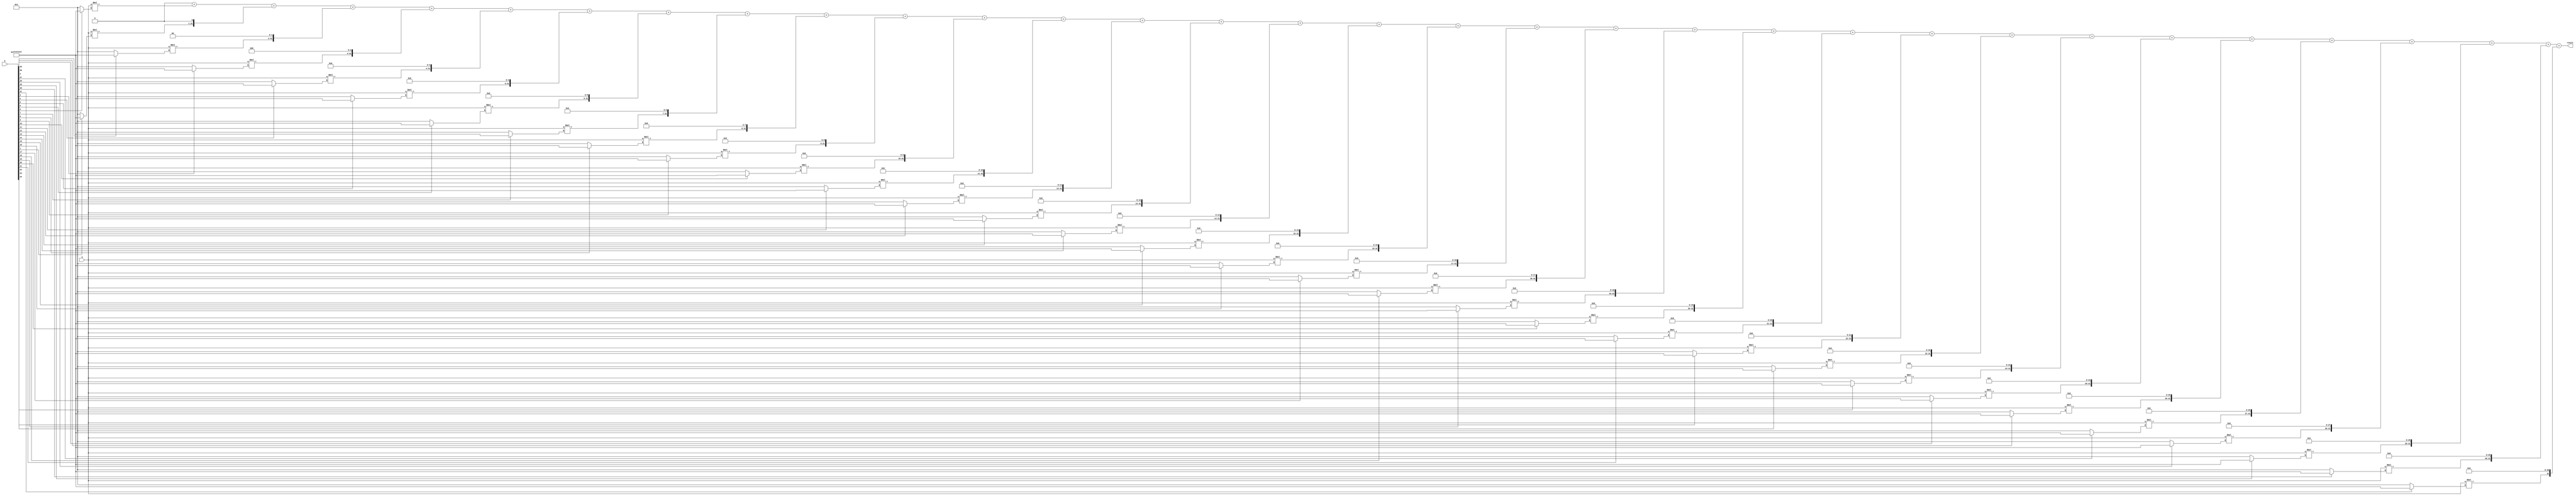
module signed_multiplier (
    input signed [31:0] a,
    input signed [31:0] b,
    output signed [63:0] result
);

reg signed [31:0] partial_prod [31:0];
reg signed [63:0] final_result;
integer i;

always @(*)
begin
    final_result = 64'b0;

    for(i = 0; i < 32; i = i + 1)
    begin
        partial_prod[i] = a * (b[i] ? -1 : 1) << i;
        final_result = final_result + partial_prod[i];
    end
end

assign result = final_result;

endmodule